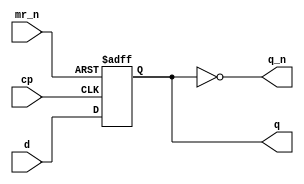
`timescale 1ns / 1ps
//////////////////////////////////////////////////////////////////////////////////
// Company: 
// Engineer: 
// 
// Design Name: 
// Module Name: ic_74175
// Project Name: 
// Target Devices: 
// Tool Versions: 
// Description: 
// 
// Dependencies: 
// 
// Revision:
// Revision 0.01 - File Created
// Additional Comments:
// Instantiation:
//    ic_74175 u0 (.cp(),.d(),.q(),.q_n(),mr_n());
// 
//////////////////////////////////////////////////////////////////////////////////


module ic_74175(
    input cp,
    input [3:0] d,
    output [3:0] q,
    output [3:0] q_n,
    input mr_n
    );
    
    reg [3:0] d_int;
    
    assign q_n = ~d_int;
    assign q = d_int;
    
    always @ (posedge cp, negedge mr_n) begin
        if (! mr_n)
            d_int <= 4'b0000;
        else
            d_int <= d;
            
    end

    initial begin
        d_int <= 4'b0000;
    end
    
endmodule